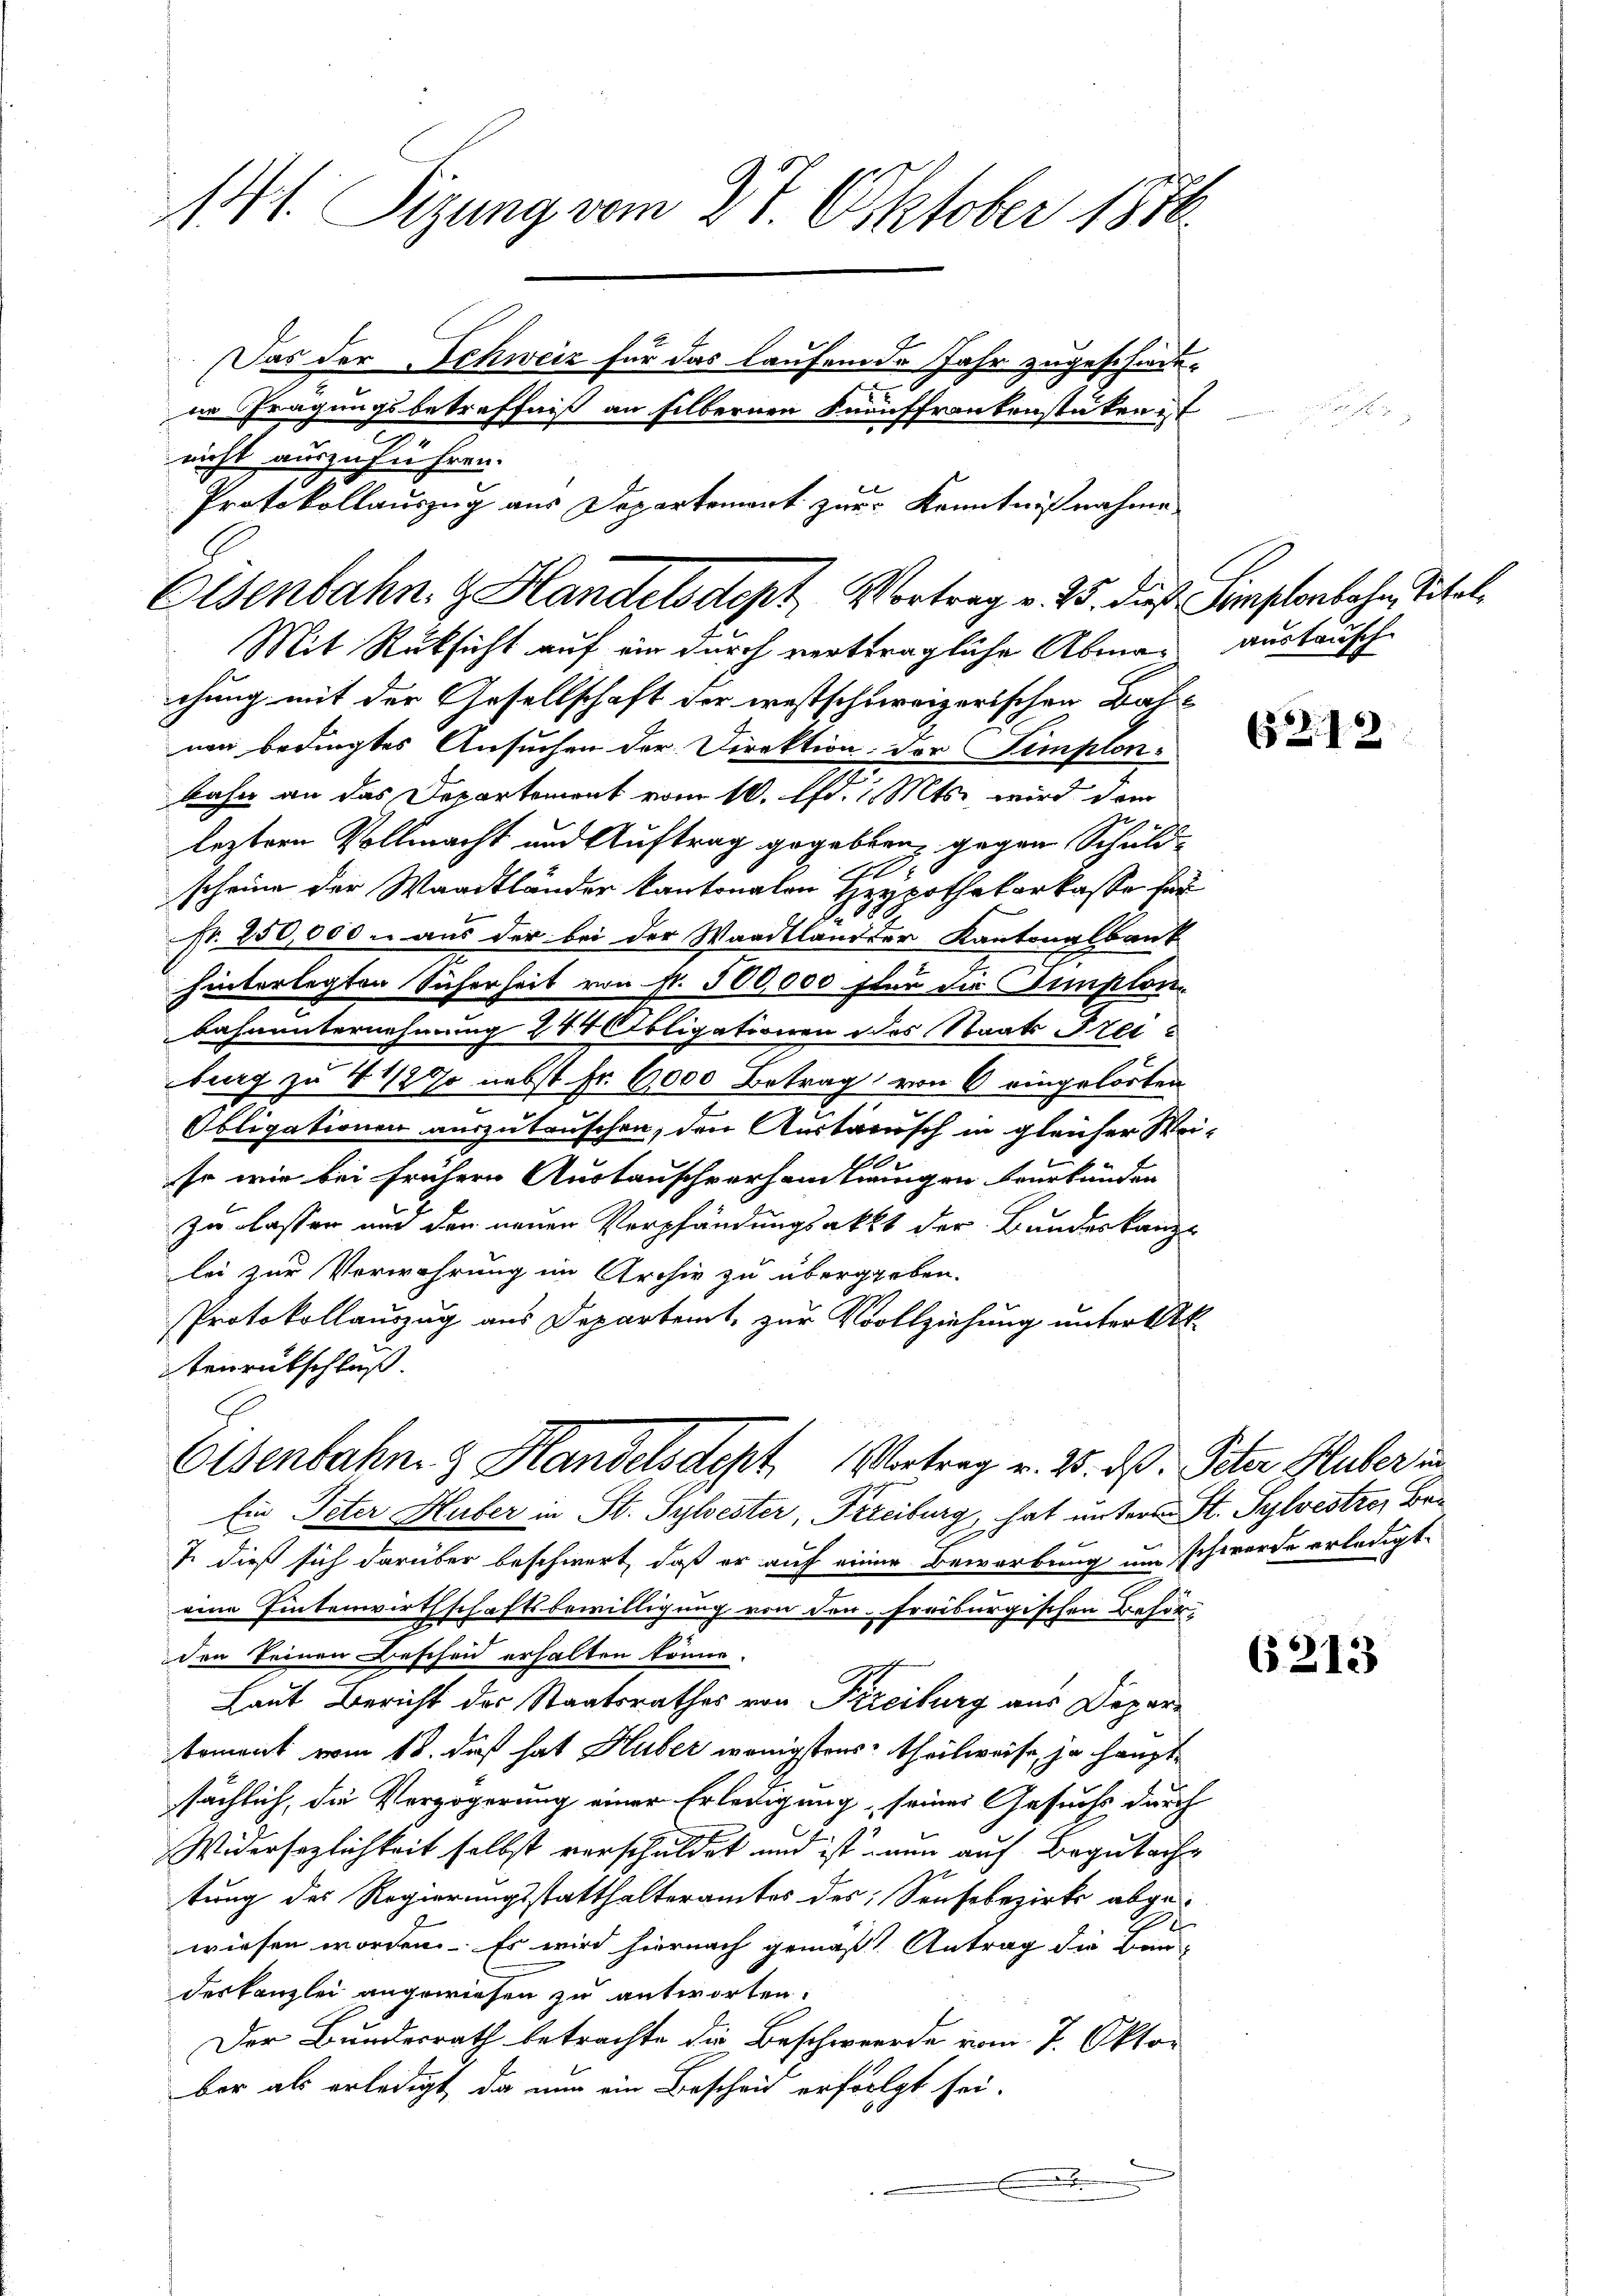
Mit Rüksicht auf ein durch verträgliche Abmann austausch

141. Sizung vom 27. Oktober 1810.
Das der Schweiz für das laufende Jahr zugeschiedein Tragungsbetreffniß an silbernen Knauffrankenstüken t
nicht auszuführen.
Protokollauszug aus Departemont zur Kenntnißnahme
Elsenbahn. Handelsdept, Vortrag v. 25. die Simplonbahn, Titel,

chung mit der Gesellschaft der westschureizerischen Bahn-
nen bedingtes Ansuchen der Direktion der Semplon-
bahn an das Departement vom 10. Al. 1 Mts. wird dem
leztern Vollmacht und Auftrag gegeben, gegen Schuld-
t
scheine der Waadtländer kantonalen Verpothekarkasse für
.570.
fr. 250,000 m aus der bei der Waadtländer Kantonalbank
hinterlegten Sicherheit von fr. 500,000 für die Simplon¬
Bahnunternehmung 244 Obligationen des Staats Frei-
burg zu 4 1/2 % nebst Fr. 6,000 Betrag von 6 eingelorten
Obligationen auszutauschen, den Austausch in gleicher Weise wir bei frühern Austauschverhandlungen beurkunden
zu lassen und den neuen Verpfändungsakt der Bundeskanzlei zur Verwahrung im Archiv zu übergeben.
Protokollauszug aus Departemt, zur Vollziehung unter Ak
tenrutschluß.

Eisenbahn & Handelsdept Antrag v. 25. dß. Peter Huber in
Ein Peter Huber in St. Sylvester, Freiburg, hat unters St. Sylvestres Be¬

T. dieß sich darüber beschwert, daß er auf einer Bewerbung um schwerde erledigt.
eine Eintenwirthschaftsbewilligung von den freiburgischen Besin
den seinen Bescheid erhalten könne.
Laut Bericht des Staatsrathes von Freiburg aus Deparkoment vom 18. daß hat Huber wenigstens theilweise, ja hauptsächlich, die Verzögerung einer Erledigung, seiner Gesuchs durch
Widersezlichkeit selbst verschuldet und ist einen auf Begutache
tung des Regierungsstatthalteramtes des Sensebezirks abge
wiesen worden. Es wird hiernach gemäß Antrag die Bau-
deskanzlei angewiesen zu antworten.
Der Bundesrath betrachte die Beschwerde vom 7. Oktober als erledigt, da nun ein Bescheid erfolgt sei.

x

652. 1

6213